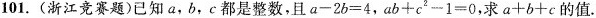
101.(浙江竞赛题)已知a，b，c都是整数，且$$a - 2 b = 4$$ ，$$a b + c ^ { 2 } - 1 = 0$$，求$$a + b + c$$的值。